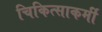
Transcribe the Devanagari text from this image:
चिकित्साकर्मी